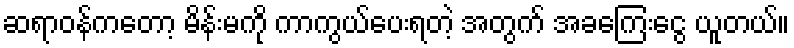
ဆရာဝန်ကတော့ မိန်းမကို ကာကွယ်ပေးရတဲ့ အတွက် အခကြေးငွေ ယူတယ်။